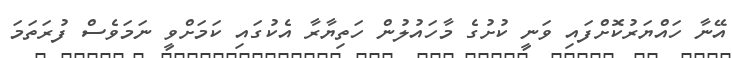
އޭނާ ހައްޔަރުކޮށްފައި ވަނީ ކުށުގެ މާހައުލުން ހަތިޔާރާ އެކުގައި ކަމަށްވީ ނަމަވެސް ފުރަތަމަ